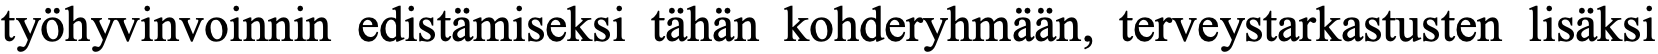
työhyvinvoinnin edistämiseksi tähän kohderyhmään, terveystarkastusten lisäksi